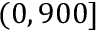
( 0 , 9 0 0 ]